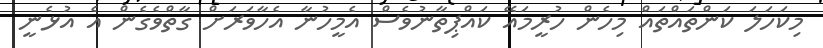
މިކަހަލަ ކަންތައްތައް މިހެން ހުރީމައޭ ކައްޕިތާނުވެސް އެމީހުނާ އެހާވަރަށް ގާތްވެގެން އެ އުޅެނީ